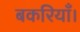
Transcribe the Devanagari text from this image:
बकरियाँ।